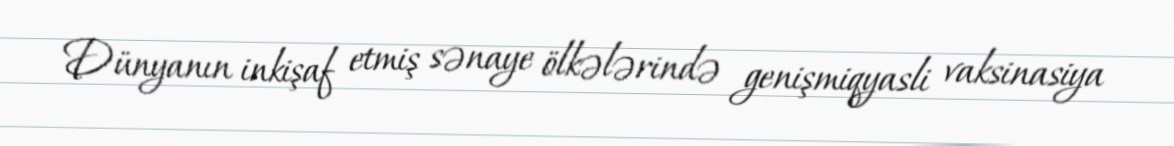
Dünyanın inkişaf etmiş sənaye ölkələrində genişmiqyasli vaksinasiya